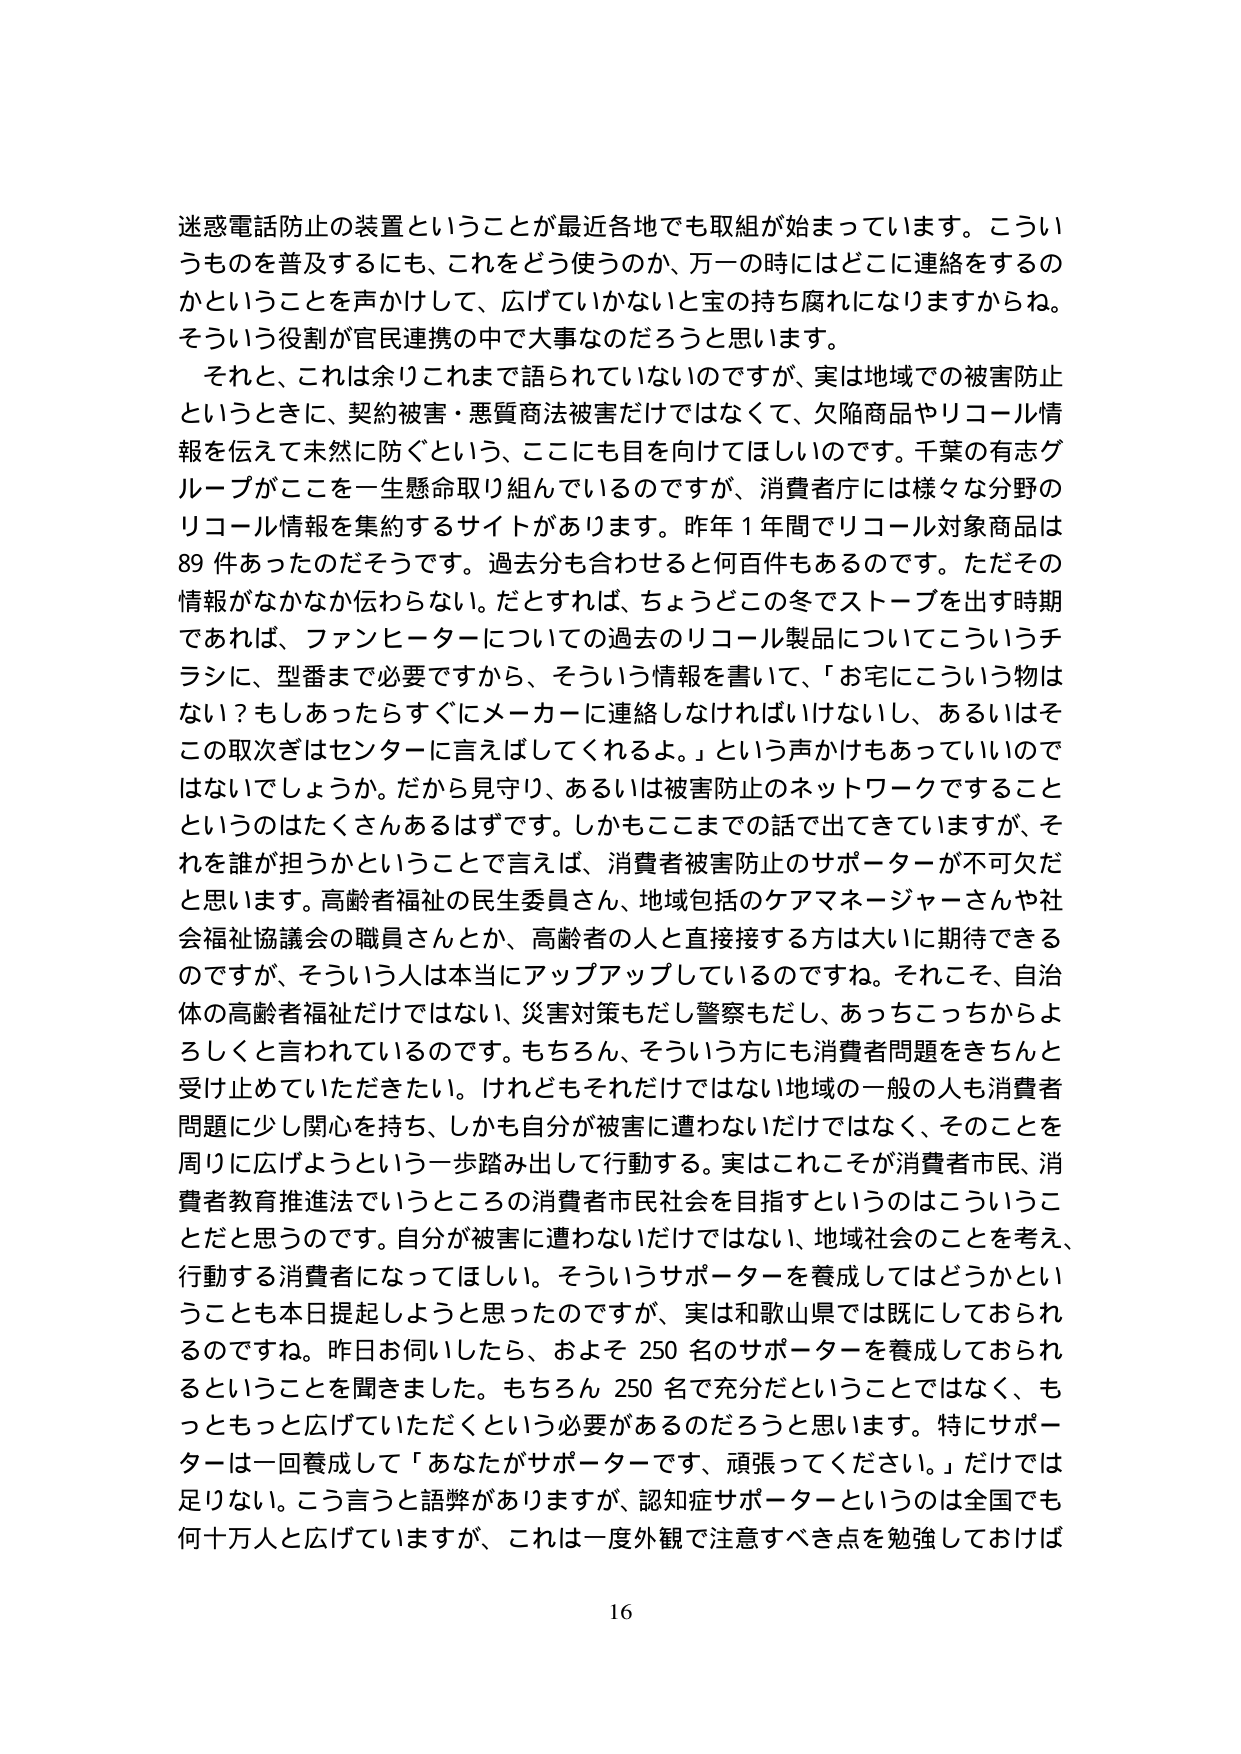
迷惑電話防止の装置ということが最近各地でも取組が始まっています。こういうものを普及するにも、これをどう使うのか、万一の時にはどこに連絡をするのかということを声かけして、広げていかないとい宝の持ち腐れになりますからね。そういう役割が官民連携の中で大事なのだろうと思います。

それと、これは余りこれまで語られていないのですが、実は地域での被害防止というときに、契約被害・悪質商法被害だけではなくて、欠陥商品やリコール情報を伝えて未然に防ぐという、ここにも目を向けてほしいのです。千葉の有志グループがここを一生懸命取り組んでいるのですが、消費者庁には様々な分野のリコール情報を集約するサイトがあります。昨年１年間でリコール対象商品は89件あったのだそうです。過去分も合わせると何百件もあるのです。ただその情報がなかなか伝わらない。だとすれば、ちょうどこの冬でストーブを出す時期であれば、ファンヒーターについての過去のリコール製品についてこういうチラシに、型番まで必要ですから、そういう情報を書いて、「お宅にこういう物はない？もしあったらすぐにメーカーに連絡しなければいけないし、あるいはそこの取次ぎはセンターに言えばしてくれるよ。」という声かけもあっていいのではないでしょうか。だから見守り、あるいは被害防止のネットワークですることというのはたくさんあるはずです。しかもここまでの話で出てきていますが、それを誰が担うかということで言えば、消費者被害防止のサポーターが不可欠だと思います。高齢者福祉の民生委員さん、地域包括のケアマネージャーさんや社会福祉協議会の職員さんとか、高齢者の人と直接接する方は大いに期待できるのですが、そういう人は本当にアップアップしているのですね。それこそ、自治体の高齢者福祉だけではない、災害対策もだし警察もだし、あっちこっちからよろしくと言われているのです。もちろん、そういう方にも消費者問題をきちんと受け止めていただきたい。けれどもそれだけではない。地域の一般の人も消費者問題に少し関心を持ち、しかも自分が被害に遭わないだけではなく、そのことを周りに広げようという一歩踏み出して行動する。実はこれこそが消費者市民、消費者教育推進法でいうところの消費者市民社会を目指すというのはこういうことだと思うのです。自分が被害に遭わないだけではない、地域社会のことを考え、行動する消費者になってほしい。そういうサポーターを養成してはどうかということを本日提起しようと思ったのですが、実は和歌山県では既にしておられるのですね。昨日お伺いしたら、およそ250名のサポーターを養成しておられるということを聞きました。もちろん250名で充分だということではなく、もっともっと広げていただくという必要があるのだろうと思います。特にサポーターは一回養成して「あなたがサポーターです、頑張ってください。」だけでは足りない。こう言うと語弊がありますが、認知症サポーターというのは全国でも何十万人と広げていますが、これは一度外観で注意すべき点を勉強しておけば

16